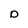
Character: D